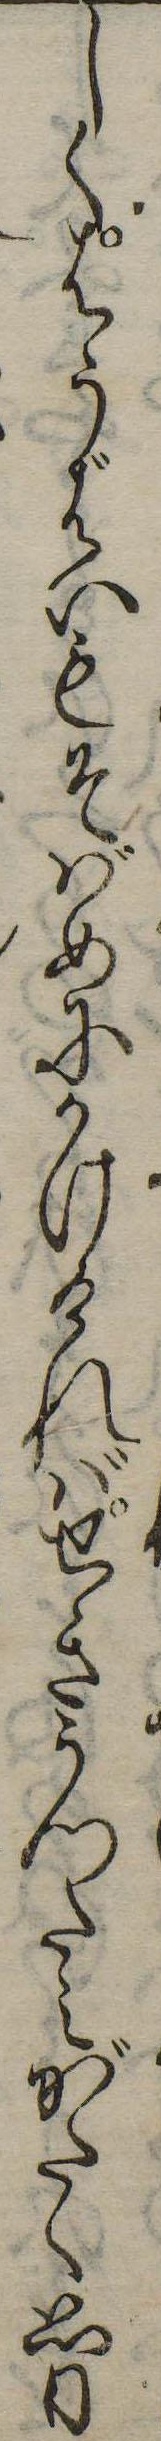
しくはうばいもそばめにかけければせきうつたえがたく思い